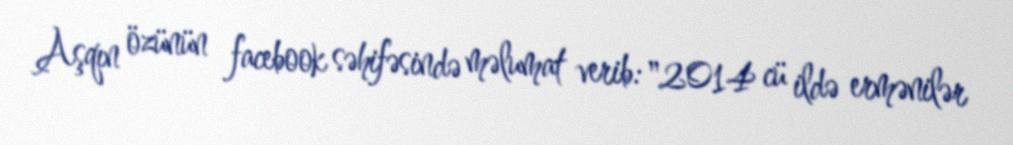
Aşqın özünün facebook səhifəsində məlumat verib: "2014 cü ildə ermənilər